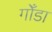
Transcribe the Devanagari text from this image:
गोँडा